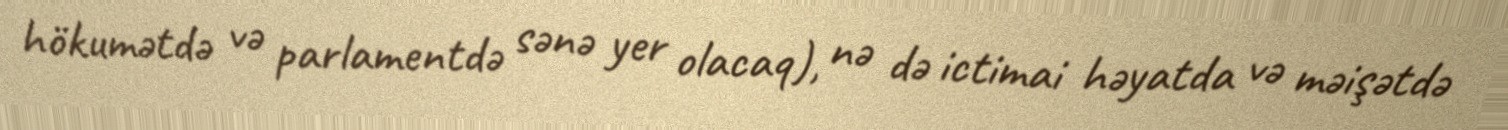
hökumətdə və parlamentdə sənə yer olacaq), nə də ictimai həyatda və məişətdə